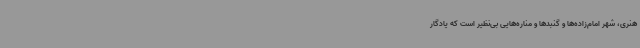
هنری، شهر امام‌زاده‌ها و گنبدها و مناره‌هایی بی‌نظیر است که یادگار